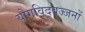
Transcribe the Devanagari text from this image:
योगविद्वज्जनों